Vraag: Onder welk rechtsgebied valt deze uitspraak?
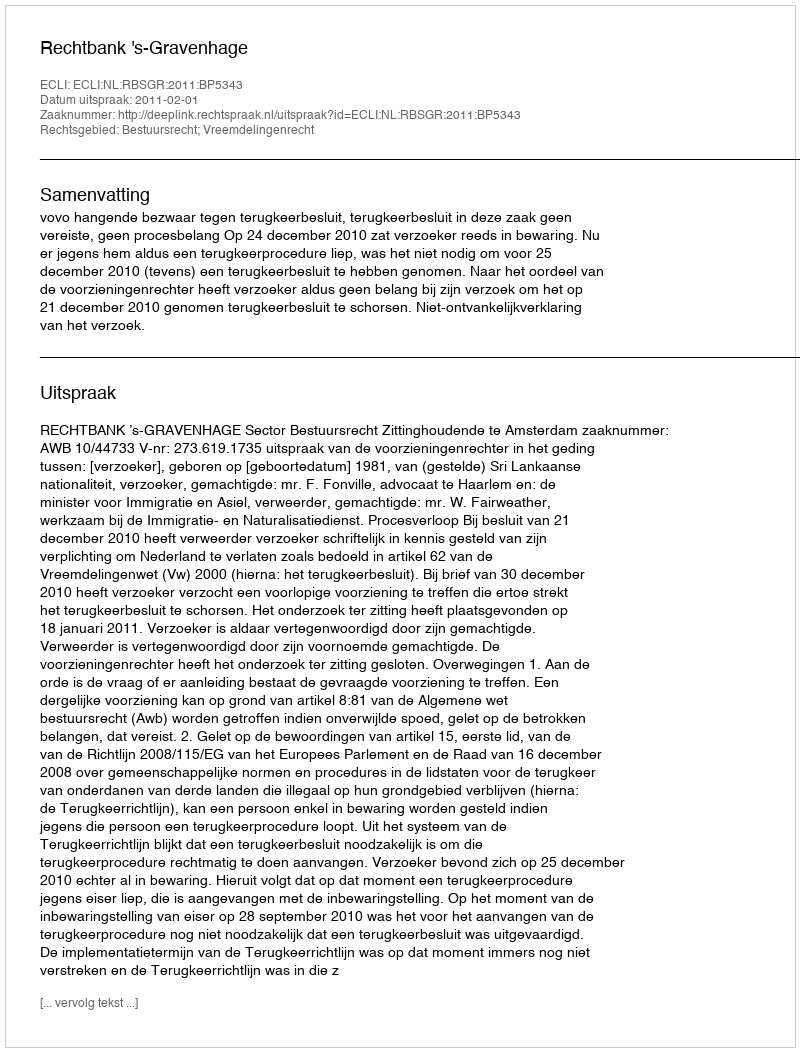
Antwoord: Bestuursrecht; Vreemdelingenrecht